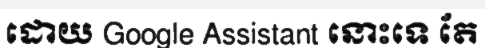
ដោយ Google Assistant នោះទេ តែ